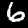
Digit: 6